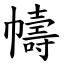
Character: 幬